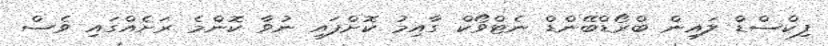
ފިކްސްޑް ލައިން ބްރޯޑްބޭންޑް ނެޓްވޯކް ގާއިމު ކޮށްފައި ނުވާ ކޮންމެ ރަށެއްގައި ވެސް